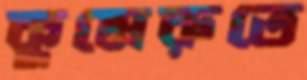
কুমেরুতে